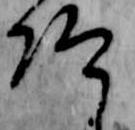
仰